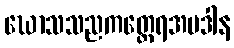
ဃောသသညကတ္ထေရအပဒါန